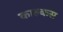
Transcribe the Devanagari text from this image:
काल्कस